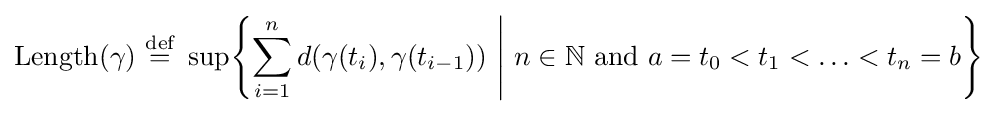
\operatorname {Length} (\gamma )~{\stackrel {\text{def}}{=}}~\sup \!\left\{\sum _{i=1}^{n}d(\gamma (t_{i}),\gamma (t_{i-1}))~{\Bigg |}~n\in \mathbb {N} ~{\text{and}}~a=t_{0}<t_{1}<\ldots <t_{n}=b\right\}